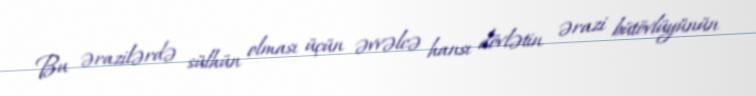
Bu ərazilərdə sülhün olması üçün əvvəlcə hansı dövlətin ərazi bütövlüyünün